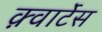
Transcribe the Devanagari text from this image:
क़्वार्टेस